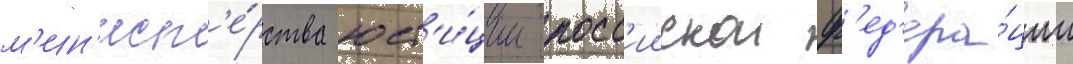
м'ин'ист'е́рства юст'и́ции росс'иискои ф'ед'ера́ции